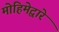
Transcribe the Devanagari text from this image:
मोहिमेद्वारे